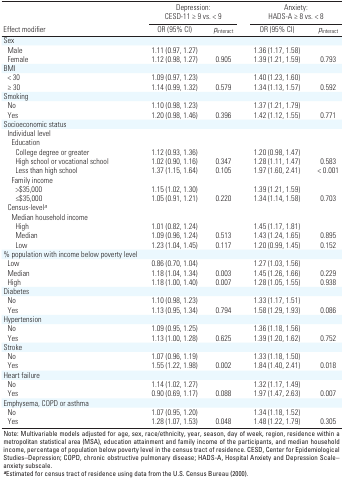
<table><thead><tr><td rowspan="2"><b>Effect modifier </b></td><td colspan="2"><b>Depression: CESD-11 ≥ 9 vs. &lt; 9</b></td><td colspan="2"><b>Anxiety: HADS-A ≥ 8 vs. &lt; 8</b></td></tr><tr><td><b>OR (95% CI)</b></td><td><b><i>p</i><sub>interact</sub></b></td><td><b>OR (95% CI)</b></td><td><b><i>p</i><sub>interact</sub></b></td></tr></thead><tbody><tr><td><b>Sex</b></td></tr><tr><td><b>Male </b></td><td>1.11 (0.97, 1.27)</td><td></td><td>1.36 (1.17, 1.58)</td></tr><tr><td><b>Female</b></td><td>1.12 (0.98, 1.27)</td><td>0.905</td><td>1.39 (1.21, 1.59)</td><td>0.793</td></tr><tr><td><b>BMI</b></td></tr><tr><td><b>&lt; 30</b></td><td>1.09 (0.97, 1.23)</td><td></td><td>1.40 (1.23, 1.60)</td></tr><tr><td><b>≥ 30 </b></td><td>1.14 (0.99, 1.32)</td><td>0.579</td><td>1.34 (1.13, 1.57)</td><td>0.592</td></tr><tr><td><b>Smoking </b></td></tr><tr><td><b>No </b></td><td>1.10 (0.98, 1.23)</td><td></td><td>1.37 (1.21, 1.79)</td></tr><tr><td><b>Yes</b></td><td>1.20 (0.98, 1.46)</td><td>0.396</td><td>1.42 (1.12, 1.55)</td><td>0.771</td></tr><tr><td><b>Socioeconomic status </b></td></tr><tr><td><b>Individual level </b></td></tr><tr><td><b>Education</b></td></tr><tr><td><b>College degree or greater</b></td><td>1.12 (0.93, 1.36)</td><td></td><td>1.20 (0.98, 1.47)</td></tr><tr><td><b>High school or vocational school</b></td><td>1.02 (0.90, 1.16)</td><td>0.347</td><td>1.28 (1.11, 1.47)</td><td>0.583</td></tr><tr><td><b>Less than high school </b></td><td>1.37 (1.15, 1.64)</td><td>0.105</td><td>1.97 (1.60, 2.41)</td><td>&lt; 0.001</td></tr><tr><td><b>Family income</b></td></tr><tr><td><b>&gt;$35,000 </b></td><td>1.15 (1.02, 1.30)</td><td></td><td>1.39 (1.21, 1.59)</td></tr><tr><td><b>≤$35,000</b></td><td>1.05 (0.91, 1.21)</td><td>0.220</td><td>1.34 (1.14, 1.58)</td><td>0.703</td></tr><tr><td><b>Census-level<sup><i>a</i></sup></b></td></tr><tr><td><b>Median household income</b></td></tr><tr><td><b>High</b></td><td>1.01 (0.82, 1.24)</td><td></td><td>1.45 (1.17, 1.81)</td></tr><tr><td><b>Median</b></td><td>1.09 (0.96, 1.24)</td><td>0.513</td><td>1.43 (1.24, 1.65)</td><td>0.895</td></tr><tr><td><b>Low</b></td><td>1.23 (1.04, 1.45)</td><td>0.117</td><td>1.20 (0.99, 1.45)</td><td>0.152</td></tr><tr><td><b>% population with income below poverty level</b></td></tr><tr><td><b>Low</b></td><td>0.86 (0.70, 1.04)</td><td></td><td>1.27 (1.03, 1.56)</td></tr><tr><td><b>Median</b></td><td>1.18 (1.04, 1.34)</td><td>0.003</td><td>1.45 (1.26, 1.66)</td><td>0.229</td></tr><tr><td><b>High</b></td><td>1.18 (1.00, 1.40)</td><td>0.007</td><td>1.28 (1.05, 1.55)</td><td>0.938</td></tr><tr><td><b>Diabetes</b></td></tr><tr><td><b>No </b></td><td>1.10 (0.98, 1.23)</td><td></td><td>1.33 (1.17, 1.51)</td></tr><tr><td><b>Yes</b></td><td>1.13 (0.95, 1.34)</td><td>0.794</td><td>1.58 (1.29, 1.93)</td><td>0.086</td></tr><tr><td><b>Hypertension</b></td></tr><tr><td><b>No </b></td><td>1.09 (0.95, 1.25)</td><td></td><td>1.36 (1.18, 1.56)</td><td></td></tr><tr><td><b>Yes</b></td><td>1.13 (1.00, 1.28)</td><td>0.625</td><td>1.39 (1.20, 1.62)</td><td>0.752</td></tr><tr><td><b>Stroke</b></td></tr><tr><td><b>No </b></td><td>1.07 (0.96, 1.19)</td><td></td><td>1.33 (1.18, 1.50)</td></tr><tr><td><b>Yes</b></td><td>1.55 (1.22, 1.98)</td><td>0.002</td><td>1.84 (1.40, 2.41)</td><td>0.018</td></tr><tr><td><b>Heart failure</b></td></tr><tr><td><b>No </b></td><td>1.14 (1.02, 1.27)</td><td></td><td>1.32 (1.17, 1.49)</td></tr><tr><td><b>Yes</b></td><td>0.90 (0.69, 1.17)</td><td>0.088</td><td>1.97 (1.47, 2.63)</td><td>0.007</td></tr><tr><td><b>Emphysema, COPD or asthma</b></td></tr><tr><td><b>No </b></td><td>1.07 (0.95, 1.20)</td><td></td><td>1.34 (1.18, 1.52)</td></tr><tr><td><b>Yes</b></td><td>1.28 (1.07, 1.53)</td><td>0.048</td><td>1.48 (1.22, 1.79)</td><td>0.305</td></tr><tr><td colspan="5">Note: Multivariable models adjusted for age, sex, race/ethnicity, year, season, day of week, region, residence within a metropolitan statistical area (MSA), education attainment and family income of the participants, and median household income, percentage of population below poverty level in the census tract of residence. CESD, Center for Epidemiological Studies–Depression; COPD, chronic obstructive pulmonary disease; HADS-A, Hospital Anxiety and Depression Scale–anxiety subscale. <sup><i><b>a</b></i></sup>Estimated for census tract of residence using data from the U.S. Census Bureau (2000).</td></tr></tbody></table>